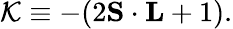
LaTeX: {\cal K}\equiv-(2{\mathbf S}\cdot{\mathbf L}+1).